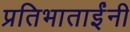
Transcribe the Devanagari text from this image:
प्रतिभाताईंनी